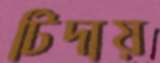
টিদায়